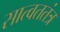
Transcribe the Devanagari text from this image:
सात्वततंत्र